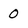
Character: 0